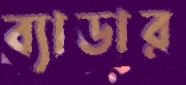
ব্যাডার